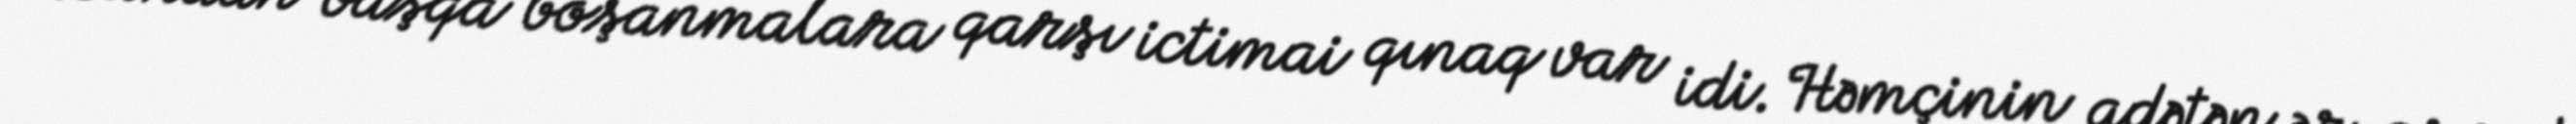
Bundan başqa boşanmalara qarşı ictimai qınaq var idi. Həmçinin adətən ər-arvad